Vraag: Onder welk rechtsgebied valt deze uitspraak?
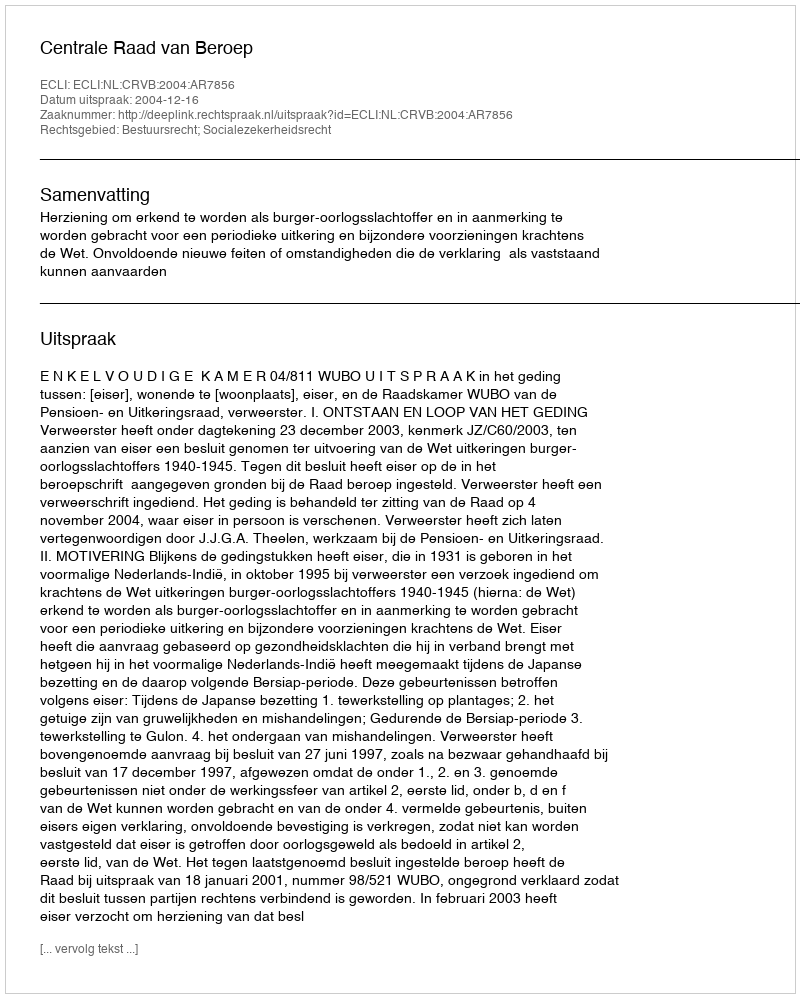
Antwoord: Bestuursrecht; Socialezekerheidsrecht